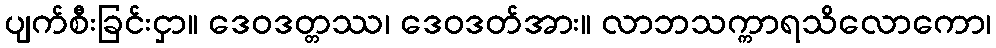
ပျက်စီးခြင်းငှာ။ ဒေဝဒတ္တဿ၊ ဒေဝဒတ်အား။ လာဘသက္ကာရသိလောကော၊